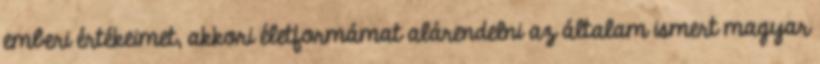
emberi értékeimet, akkori életformámat alárendelni az általam ismert magyar